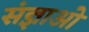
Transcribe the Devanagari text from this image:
संज्ञाओ